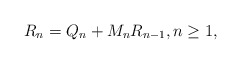
\begin{align*}R_n = Q_n + M_nR_{n-1}, n \geq 1,\end{align*}